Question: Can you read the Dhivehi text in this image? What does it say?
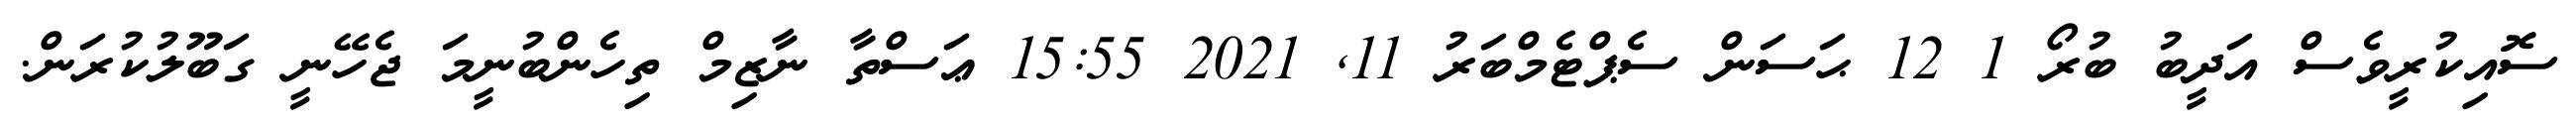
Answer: ސޮއިކުރީވެސް އަދީބު ބުރޯ 1 12 ޙަސަން ސެޕްޓެމްބަރު 11, 2021 15:55 ޢަސްތާ ނާޒިމް ތިހެންބުނީމަ ޖެހޭނީ ގަބޫލުކުރަން.